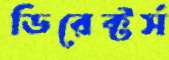
ডিরেক্টর্স